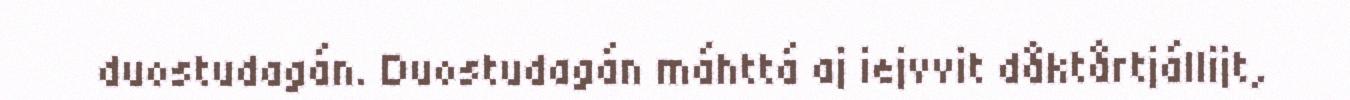
duostudagán. Duostudagán máhttá aj iejvvit dåktårtjállijt,